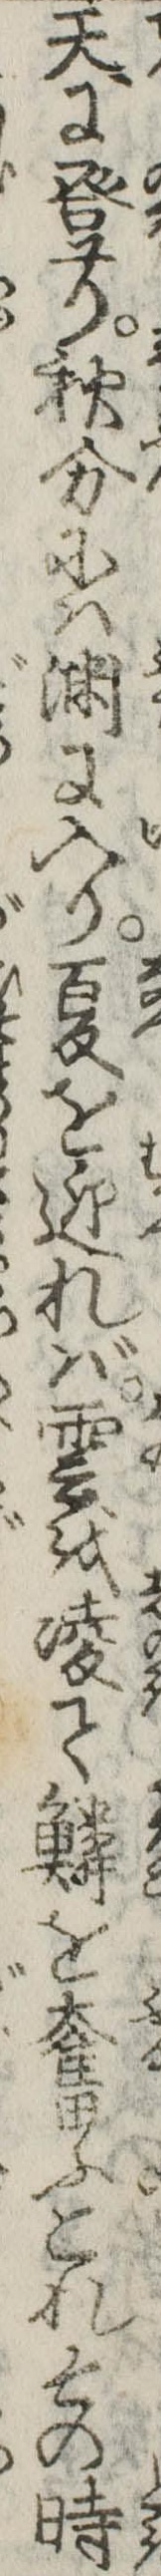
天に登り秋分には淵に入り夏を迎れば雲を凌て鱗を奮ふこれその時